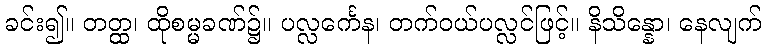
ခင်း၍။ တတ္ထ၊ ထိုစမ္မခဏ်၌။ ပလ္လင်္ကေန၊ တက်ဝယ်ပလ္လင်ဖြင့်။ နိသိန္နော၊ နေလျက်